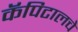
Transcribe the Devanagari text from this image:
कॅपिटालचे